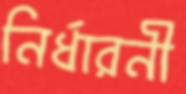
নির্ধারনী